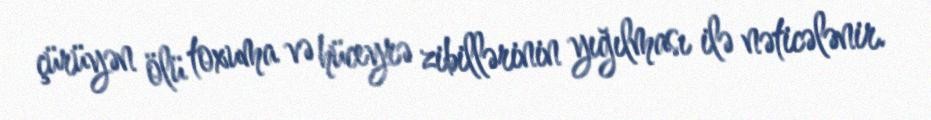
çürüyən ölü toxuma və hüceyrə zibillərinin yığılması ilə nəticələnir.